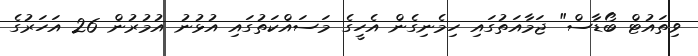
ވިތައުޓް ބޯޑާސް" ޖަމާއަތުގައި ހިމެނިގެން އެހީގެ މަސައްކަތުގައި އުޅުނު އުމުރުން 26 އަހަރުގެ